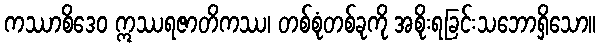
ကဿာစိဒေဝ ဣဿရဇာတိကဿ၊ တစ်စုံတစ်ခုကို အစိုးရခြင်းသဘောရှိသော။